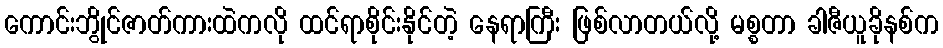
ကောင်းဘွိုင်ဇာတ်ကားထဲကလို ထင်ရာစိုင်းနိုင်တဲ့ နေရာကြီး ဖြစ်လာတယ်လို့ မစ္စတာ ခါဇီယူခိုနစ်က